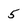
Character: 5